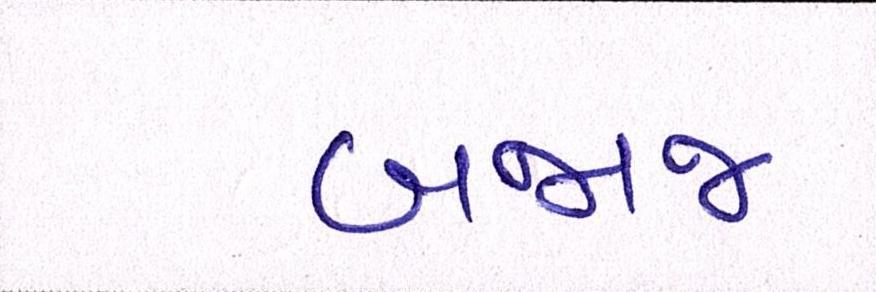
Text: બજાજ